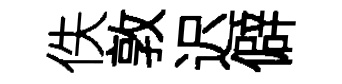
佚敦迟僻